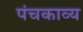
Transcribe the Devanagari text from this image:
पंचकाव्य